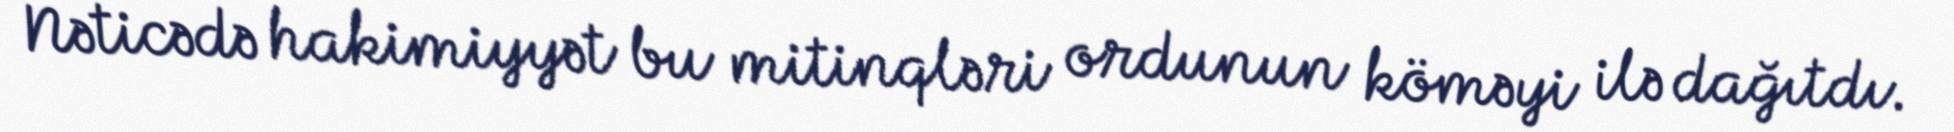
Nəticədə hakimiyyət bu mitinqləri ordunun köməyi ilə dağıtdı.